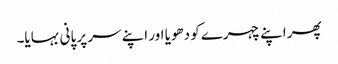
پھر اپنے چہرے کو دھویا اور اپنے سر پر پانی بہایا۔